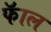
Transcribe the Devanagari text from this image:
फॅाल